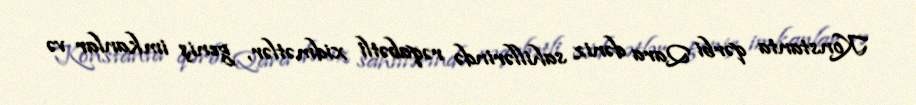
Konstanta qərbi Qara dəniz sahillərində rəqabətli xidmətlər, geniş imkanlar və